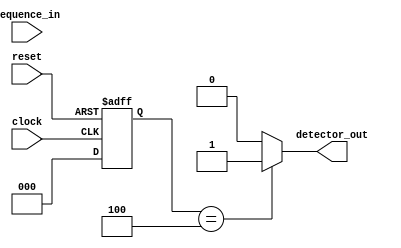
`timescale 1ns / 1ps
//////////////////////////////////////////////////////////////////////////////////
// Company: 
// Engineer: 
// 
// Design Name: 
// Module Name: moore_1011
// Project Name: 
// Target Devices: 
// Tool Versions: 
// Description: 
// 
// Dependencies: 
// 
// Revision:
// Revision 0.01 - File Created
// Additional Comments:
// 
//////////////////////////////////////////////////////////////////////////////////


module moore_1011(clock,reset,sequence_in,detector_out);
input clock, reset, sequence_in; 
output reg detector_out; 
parameter  S0=3'b000,S1=3'b001,S2=3'b010,S3=3'b011,S4=3'b100;
reg [2:0] current_state, next_state;
always @(posedge clock, posedge reset)
begin
 if(reset==1) 
 current_state <= S0;
 else
 current_state <= next_state; 
end 
// Write logic to determine next state from the state diagram
always @(current_state,sequence_in)
begin
 case(current_state) 
 	
 	
 	
 	
 	
 	
 	
 	
 	
 	
 	
 	
 	
 	
 	
 	default:next_state = S0;
endcase
end
// to determine the output of the Moore FSM, output only depends on current state
always @(current_state)
begin 
 case(current_state) 
 	S0:   detector_out = 0;
 	S1:   detector_out = 0;
 	S2:  detector_out = 0;
 	S3:  detector_out = 0;
 	S4:  detector_out = 1;
 	default:  detector_out = 0;
 endcase
end 
endmodule